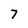
Character: 7